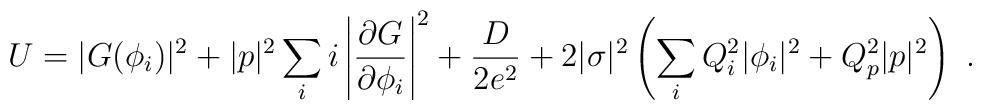
U=|G(\phi_i)|^2+|p|^2\sum_ii\left|\frac{\partial G}{\partial \phi_i}\right|^2+\frac{D}{2e^2}+2|\sigma|^2\left(\sum_iQ_i^2|\phi_i|^2+Q_p^2|p|^2\right)\ .